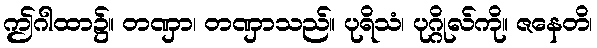
ဤဂါထာ၌။ တဏှာ၊ တဏှာသည်။ ပုရိသံ၊ ပုဂ္ဂိုလ်ကို။ ဇနေတိ၊